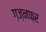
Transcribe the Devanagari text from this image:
ग़ज़नफ़र